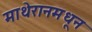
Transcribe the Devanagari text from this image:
माथेरानमधून